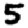
Digit: 5